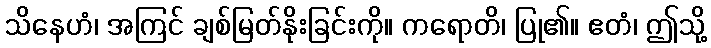
သိနေဟံ၊ အကြင် ချစ်မြတ်နိုးခြင်းကို။ ကရောတိ၊ ပြု၏။ ဧတံ၊ ဤသို့